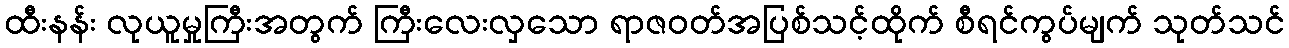
ထီးနန်း လုယူမှုကြီးအတွက် ကြီးလေးလှသော ရာဇဝတ်အပြစ်သင့်ထိုက် စီရင်ကွပ်မျက် သုတ်သင်